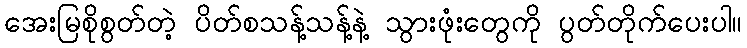
အေးမြစိုစွတ်တဲ့ ပိတ်စသန့်သန့်နဲ့ သွားဖုံးတွေကို ပွတ်တိုက်ပေးပါ။